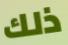
ذلك